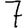
Digit: 7